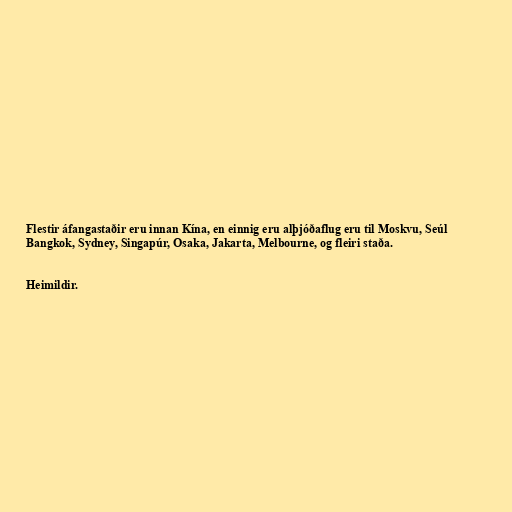
Flestir áfangastaðir eru innan Kína, en einnig eru alþjóðaflug eru til Moskvu, Seúl
Bangkok, Sydney, Singapúr, Osaka, Jakarta, Melbourne, og fleiri staða.

Heimildir.